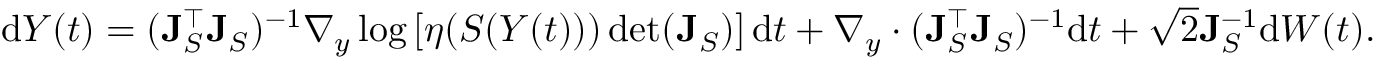
\begin{array} { r } { \mathrm { d } Y ( t ) = ( \mathbf { J } _ { S } ^ { \top } \mathbf { J } _ { S } ) ^ { - 1 } \nabla _ { y } \log \left[ \eta ( S ( Y ( t ) ) ) \operatorname* { d e t } ( \mathbf { J } _ { S } ) \right] \mathrm { d } t + \nabla _ { y } \cdot ( \mathbf { J } _ { S } ^ { \top } \mathbf { J } _ { S } ) ^ { - 1 } \mathrm { d } t + \sqrt { 2 } \mathbf { J } _ { S } ^ { - 1 } \mathrm { d } W ( t ) . } \end{array}